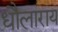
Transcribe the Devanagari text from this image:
धौलाराय